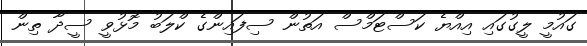
ގައުމީ ލީގުގައި އިއްޔެ ކަސްޓަމްސް އަތުން ސިފައިންގެ ކްލަބު މޮޅުވީ ސީދާ ތިން